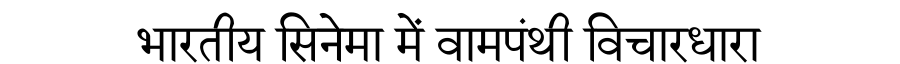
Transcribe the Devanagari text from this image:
भारतीय सिनेमा में वामपंथी विचारधारा